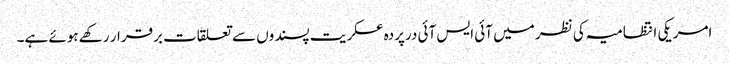
امریکی انتظامیہ کی نظر میں آئی ایس آئی درپردہ عسکریت پسندوں سے تعلقات برقرار رکھے ہوئے ہے۔